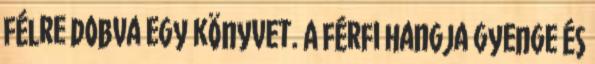
félre dobva egy könyvet. A férfi hangja gyenge és